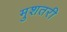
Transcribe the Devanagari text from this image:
मुशतरी